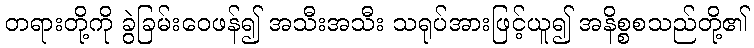
တရားတို့ကို ခွဲခြမ်းဝေဖန်၍ အသီးအသီး သရုပ်အားဖြင့်ယူ၍ အနိစ္စစသည်တို့၏